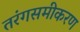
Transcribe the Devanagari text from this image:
तरंगसमीकरण